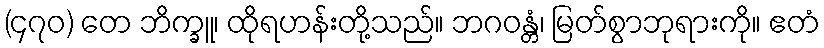
(၄၇၀) တေ ဘိက္ခူ၊ ထိုရဟန်းတို့သည်။ ဘဂဝန္တံ၊ မြတ်စွာဘုရားကို။ ဧတံ